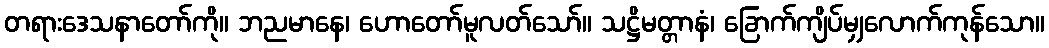
တရားဒေသနာတော်ကို။ ဘညမာနေ၊ ဟောတော်မူလတ်သော်။ သဋ္ဌိမတ္တာနံ၊ ခြောက်ကျိပ်မျှလောက်ကုန်သော။